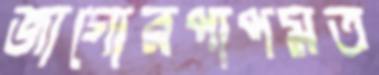
জাগোরপাপমত